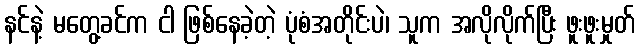
နင်နဲ့ မတွေ့ခင်က ငါ ဖြစ်နေခဲ့တဲ့ ပုံစံအတိုင်းပဲ၊ သူက အလိုလိုက်ပြီး ဖူးဖူးမှုတ်